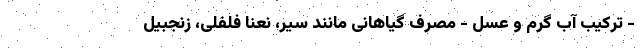
- ترکیب آب‌ گرم و عسل - مصرف گیاهانی مانند سیر، نعنا فلفلی، زنجبیل